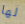
لها